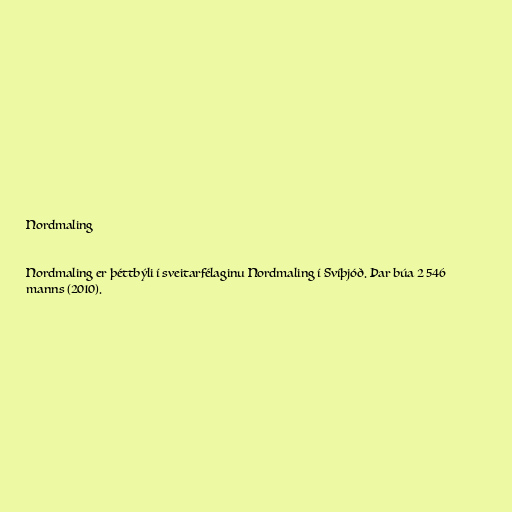
Nordmaling

Nordmaling er þéttbýli í sveitarfélaginu Nordmaling í Svíþjóð. Þar búa 2 546
manns (2010).